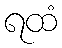
ရထံ